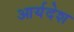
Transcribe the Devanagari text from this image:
आर्यदेश